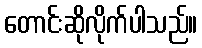
တောင်းဆိုလိုက်ပါသည်။